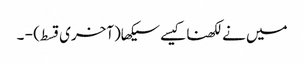
میں نےلکھناکیسےسیکھا(آخری قسط) - ۔